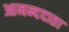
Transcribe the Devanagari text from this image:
आनन्ददाता